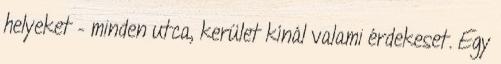
helyeket – minden utca, kerület kínál valami érdekeset. Egy